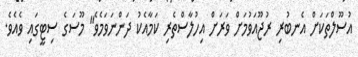
އުސޫލްތަކަށް އެނބުރި ރުޖޫއަވުމަށް ވަރަށް އިހުލާސްތެރި ކަމާއެކު ދަންނަވަމެވެ" މޫސަގެ ސިޓީގައި ވެއެވެ.